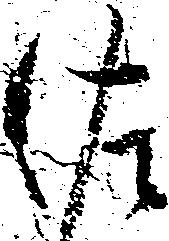
佐